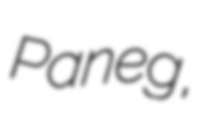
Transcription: Paneg,